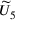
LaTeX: { \widetilde { U } } _ { 5 }